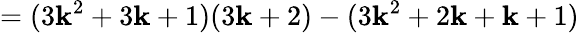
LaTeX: =(3\mathbf{k}^{2}+3\mathbf{k}+1)(3\mathbf{k}+2)-(3\mathbf{k}^{2}+2\mathbf{k}+\mathbf{k}+1)